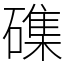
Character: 磼